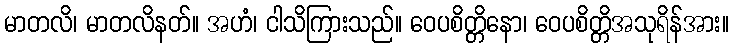
မာတလိ၊ မာတလိနတ်။ အဟံ၊ ငါသိကြားသည်။ ဝေပစိတ္တိနော၊ ဝေပစိတ္တိအသုရိန်အား။